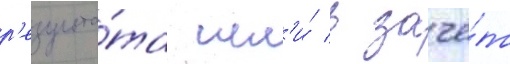
р'езульта́та шл'и́ в зачё́т